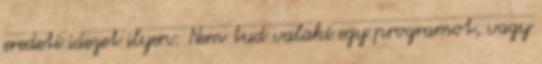
eredeti idezet ilyen: Nem tud valaki egy programot, vagy